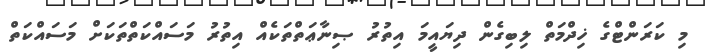
މި ކަރަންޓްގެ ޚިދްމަތް ލިބިގެން ދިޔައީމަ އިތުރު ޞިނާޢަތްތަކެއް އިތުރު މަސައްކަތްތަކަށް މަސައްކަތް